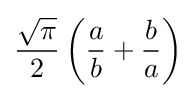
{\frac {\sqrt {\pi }}{2}}\left({\frac {a}{b}}+{\frac {b}{a}}\right)